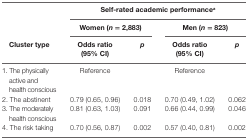
<table><thead><tr><td>[EMPTY_CELL]</td><td colspan="4"><b>Self-rated academic performance<sup>a</sup></b></td></tr><tr><td>[EMPTY_CELL]</td><td colspan="2"><b>Women (<i>n</i> = 2,883)</b></td><td colspan="2"><b>Men (<i>n</i> = 823)</b></td></tr><tr><td><b>Cluster type</b></td><td><b>Odds ratio (95% CI)</b></td><td><b><i>p</i></b></td><td><b>Odds ratio (95% CI)</b></td><td><b><i>p</i></b></td></tr></thead><tbody><tr><td>1. The physically active and health conscious</td><td>Reference</td><td>[EMPTY_CELL]</td><td>Reference</td><td>[EMPTY_CELL]</td></tr><tr><td>2. The abstinent</td><td>0.79 (0.65, 0.96)</td><td>0.018</td><td>0.70 (0.49, 1.02)</td><td>0.062</td></tr><tr><td>3. The moderately health conscious</td><td>0.81 (0.63, 1.03)</td><td>0.091</td><td>0.66 (0.44, 0.99)</td><td>0.046</td></tr><tr><td>4. The risk taking</td><td>0.70 (0.56, 0.87)</td><td>0.002</td><td>0.57 (0.40, 0.81)</td><td>0.002</td></tr></tbody></table>